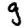
Digit: 9